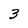
Character: 3